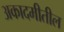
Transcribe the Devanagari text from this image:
अकादमीतील